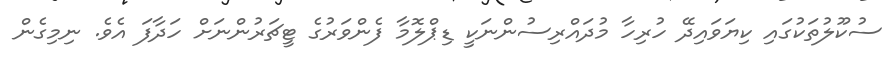
ސުކޫލުތަކުގައި ކިޔަވައިދޭ ހުރިހާ މުދައްރިސުންނަކީ ޑިޕްލޮމާ ފެންވަރުގެ ޓީޗަރުންނަށް ހަދާފަ އެވެ. ނިމިގެން